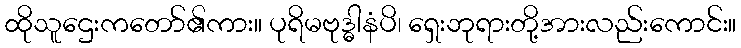
ထိုသူဌေးကတော်၏ကား။ ပုရိမဗုဒ္ဓါနံပိ၊ ရှေးဘုရားတို့အားလည်းကောင်း။